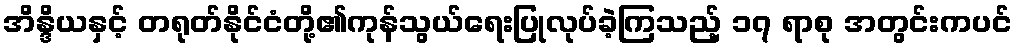
အိန္ဒိယနှင့် တရုတ်နိုင်ငံတို့၏ကုန်သွယ်ရေးပြုလုပ်ခဲ့ကြသည့် ၁၇ ရာစု အတွင်းကပင်